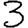
Digit: 3